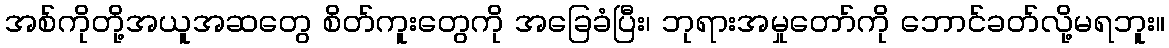
အစ်ကိုတို့အယူအဆတွေ စိတ်ကူးတွေကို အခြေခံပြီး၊ ဘုရားအမှုတော်ကို ဘောင်ခတ်လို့မရဘူး။